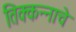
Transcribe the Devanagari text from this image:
तिक्कन्नाचे